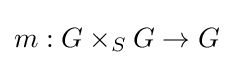
m:G\times _{S}G\to G